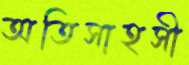
অতিসাহসী